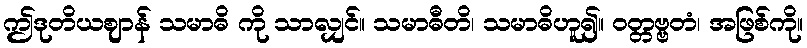
ဤဒုတိယဈာန် သမာဓိ ကို သာလျှင်။ သမာဓီတိ၊ သမာဓိဟူ၍။ ဝတ္တဗ္ဗတံ၊ အဖြစ်ကို။